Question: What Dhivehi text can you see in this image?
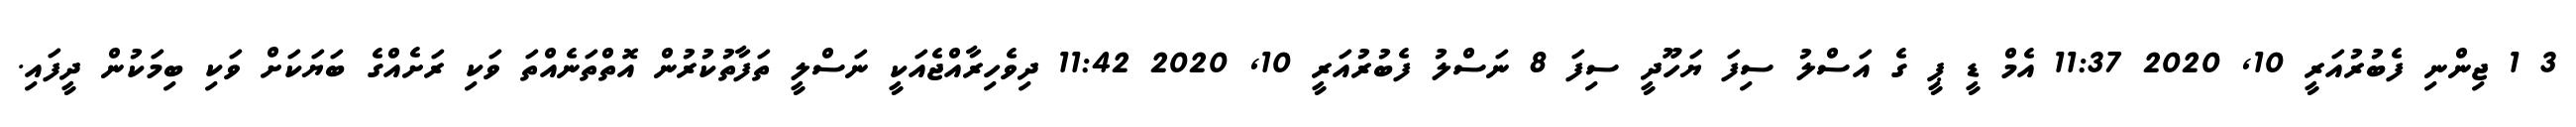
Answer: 3 1 ޖިންނި ފެބުރުއަރީ 10, 2020 11:37 އެމް ޑީ ޕީ ގެ އަސްލު ސިފަ ޔަހޫދީ ސިފަ 8 ނަސްލު ފެބުރުއަރީ 10, 2020 11:42 ދިވެހިރާއްޖެއަކީ ނަސްލީ ތަފާތުކުރުން އޮތްތަނެއްތަ ވަކި ރަށެއްގެ ބަޔަކަށް ވަކި ބިމަކުން ދީފައި.